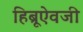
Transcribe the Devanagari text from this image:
हिब्रूऐवजी